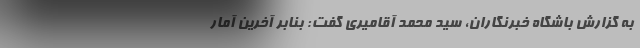
به گزارش باشگاه خبرنگاران، سید محمد آقامیری گفت: بنابر آخرین آمار